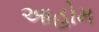
આહોમ